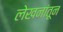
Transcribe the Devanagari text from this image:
लेखनांतून